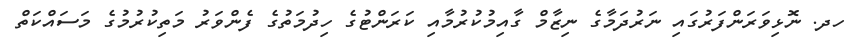
ހދ. ނޮޅިވަރަންފަރުގައި ނަރުދަމާގެ ނިޒާމް ގާއިމުކުރުމާއި ކަރަންޓުގެ ހިދުމަތުގެ ފެންވަރު މަތިކުރުމުގެ މަސައްކަތް